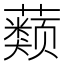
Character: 𰲒